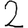
Digit: 2